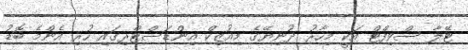
ޓޭލާ ސްވިފްޓް އަކީ މިހާރު ދުނިޔޭގެ މިއުޒިކް އިންޑަސްޓްރިގައި ހުރި އެންމެ ބޮޑު